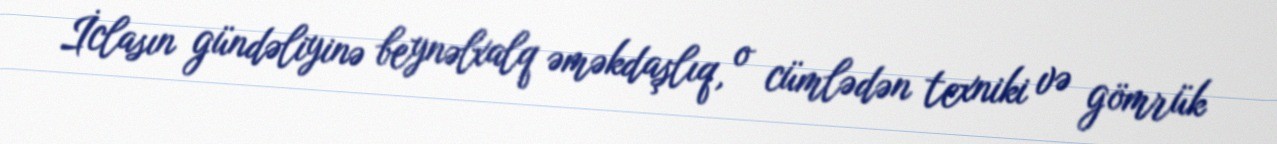
İclasın gündəliyinə beynəlxalq əməkdaşlıq, o cümlədən texniki və gömrük